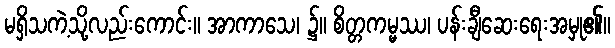
မရှိသကဲ့သို့လည်းကောင်း။ အာကာသေ၊ ၌။ စိတ္တကမ္မဿ၊ ပန်းချီဆေးရေးအမှု၏။